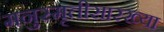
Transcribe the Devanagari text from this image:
मनुस्मृतीसारख्या